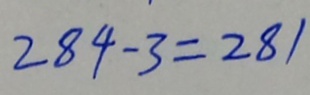
2 8 4 - 3 = 2 8 1